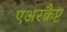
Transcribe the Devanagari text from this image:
एअरक्रैप्ट